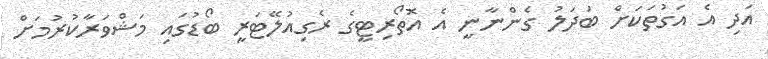
އަދި އެ އަގުތަކަށް ބަދަލު ގެންނާނީ އެ އޮތޯރިޓީގެ ރެގިއުލޭޓަރީ ބޯޑުގައި މަޝްވަރާކުރުމަށް